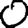
Digit: 0